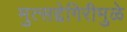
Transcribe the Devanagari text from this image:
मुत्सद्देगिरीमुळे